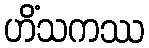
ဟိံသကဿ